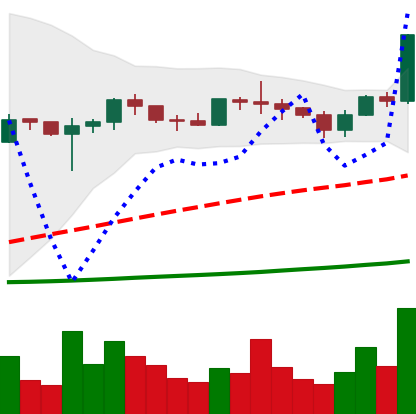
Ticker: ADA-USD
Chart end date: 2020-07-01
Forward return: 9.658%
Label: up_7plus